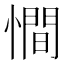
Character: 𢢀